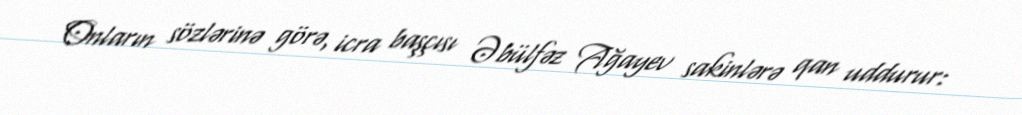
Onların sözlərinə görə, icra başçısı Əbülfəz Ağayev sakinlərə qan uddurur: